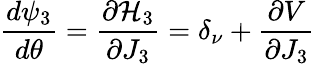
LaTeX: \frac{d\psi_{3}}{d\theta}=\frac{\partial\mathcal{H}_{3}}{\partial J_{3}}=\delta_{\nu}+\frac{\partial V}{\partial J_{3}}